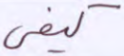
كيفي